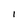
Character: I